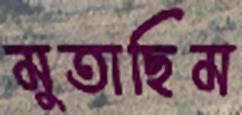
মুতাছিম